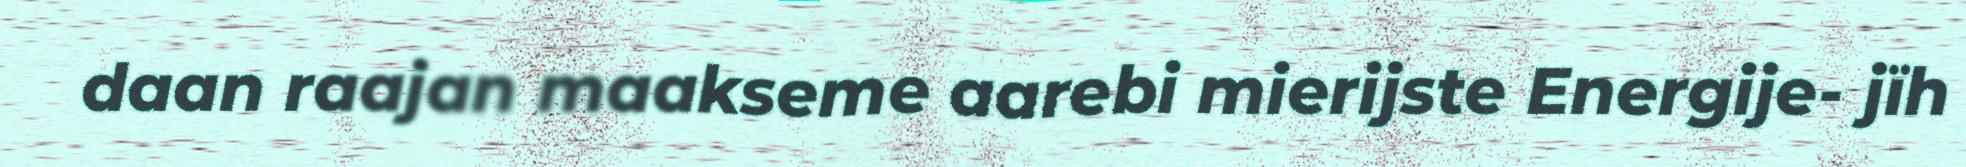
daan raajan maakseme aarebi mierijste Energije- jïh